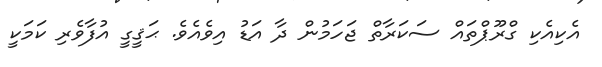
އެކިއެކި ގްރޫޕްތައް ސަކަރާތް ޖަހަމުން ދާ އަޑު އިވެއެވެ. ޙަޤީގީ އުފާވެރި ކަމަކީ